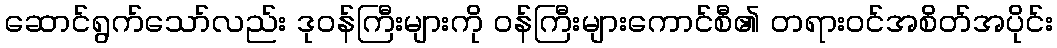
ဆောင်ရွက်သော်လည်း ဒုဝန်ကြီးများကို ဝန်ကြီးများကောင်စီ၏ တရားဝင်အစိတ်အပိုင်း